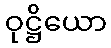
ဝုဋ္ဌိယော